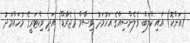
(އަންކޮ) އާއި ކްލަބް ވެލެންސިއާގެ އަހުމަދު ވިސާމް (ޖެރާޑް) އަދި ވިކްޓަރީގެ މުހައްމަދު